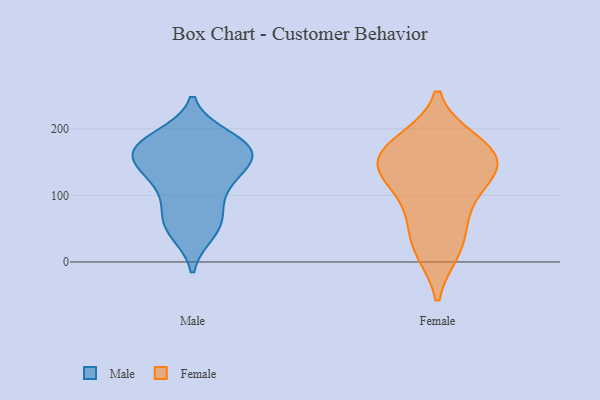
{"axis": {"x": "Tickets Resolved", "y": "Value"}, "legend": ["Female", "Male"], "data": [{"x": "", "y": 173, "type": "Male"}, {"x": "", "y": 112, "type": "Male"}, {"x": "", "y": 177, "type": "Male"}, {"x": "", "y": 140, "type": "Male"}, {"x": "", "y": 117, "type": "Male"}, {"x": "", "y": 141, "type": "Male"}, {"x": "", "y": 154, "type": "Male"}, {"x": "", "y": 45, "type": "Male"}, {"x": "", "y": 187, "type": "Male"}, {"x": "", "y": 164, "type": "Male"}, {"x": "", "y": 175, "type": "Male"}, {"x": "", "y": 56, "type": "Male"}, {"x": "", "y": 168, "type": "Male"}, {"x": "", "y": 79, "type": "Male"}, {"x": "", "y": 57, "type": "Male"}, {"x": "", "y": 17, "type": "Female"}, {"x": "", "y": 20, "type": "Female"}, {"x": "", "y": 139, "type": "Female"}, {"x": "", "y": 148, "type": "Female"}, {"x": "", "y": 78, "type": "Female"}, {"x": "", "y": 171, "type": "Female"}, {"x": "", "y": 181, "type": "Female"}, {"x": "", "y": 123, "type": "Female"}, {"x": "", "y": 149, "type": "Female"}, {"x": "", "y": 176, "type": "Female"}, {"x": "", "y": 128, "type": "Female"}, {"x": "", "y": 63, "type": "Female"}]}